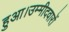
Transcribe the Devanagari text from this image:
हुआ।उम्मीदवारों